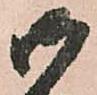
御